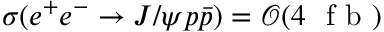
\sigma ( e ^ { + } e ^ { - } \to J / \psi p \bar { p } ) = \mathcal { O } ( 4 ~ \mathrm { ~ f ~ b ~ } )